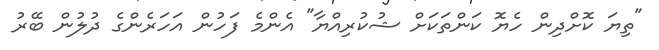
"ތިޔަ ކޮށްދިން ހެޔޮ ކަންތަކަށް ޝުކުރިއްޔާ" އެންމެ ފަހުން އަހަރެންގެ ދުލުން ބޭރު